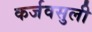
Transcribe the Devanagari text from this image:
कर्जवसुली